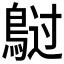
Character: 𲍡